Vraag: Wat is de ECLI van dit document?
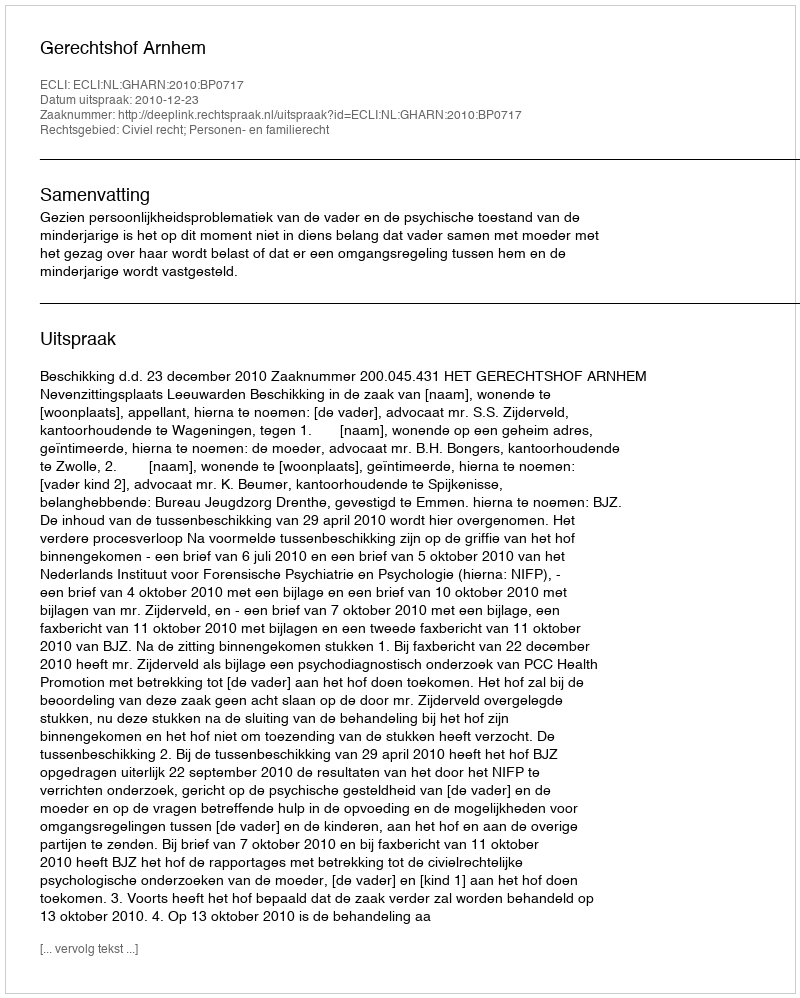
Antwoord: ECLI:NL:GHARN:2010:BP0717